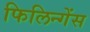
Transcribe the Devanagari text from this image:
फिलिन्गेंस